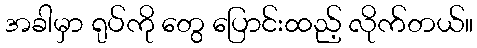
အခါမှာ ရုပ်ကို တွေ ပြောင်းထည့် လိုက်တယ်။